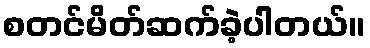
စတင်မိတ်ဆက်ခဲ့ပါတယ်။